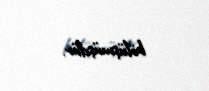
bölüşmüşdür.